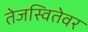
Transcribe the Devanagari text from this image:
तेजस्वितेवर